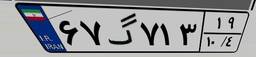
۶۷گ۷۱۳۱۹